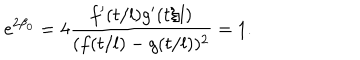
e ^ { 2 \beta _ { 0 } } = 4 \frac { f ^ { \prime } ( t / l ) g ^ { \prime } ( t / l ) } { ( f ( t / l ) - g ( t / l ) ) ^ { 2 } } = 1 .